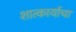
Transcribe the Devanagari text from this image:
शात्कार्याचा